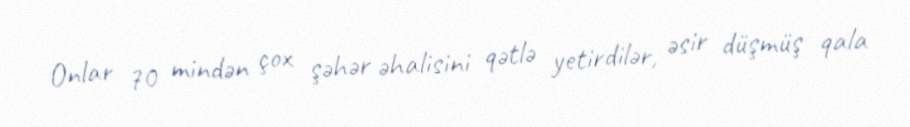
Onlar 70 mindən çox şəhər əhalisini qətlə yetirdilər, əsir düşmüş qala